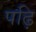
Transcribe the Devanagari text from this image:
पढ़ि